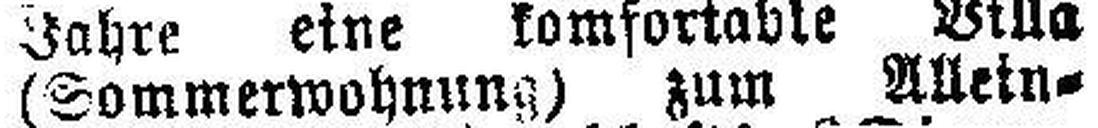
(Sommerwohnung) zum Allein¬